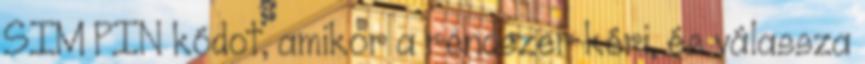
SIM PIN kódot, amikor a rendszer kéri, és válassza